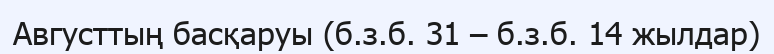
Августтың басқаруы (б.з.б. 31 – б.з.б. 14 жылдар)